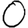
Digit: 0